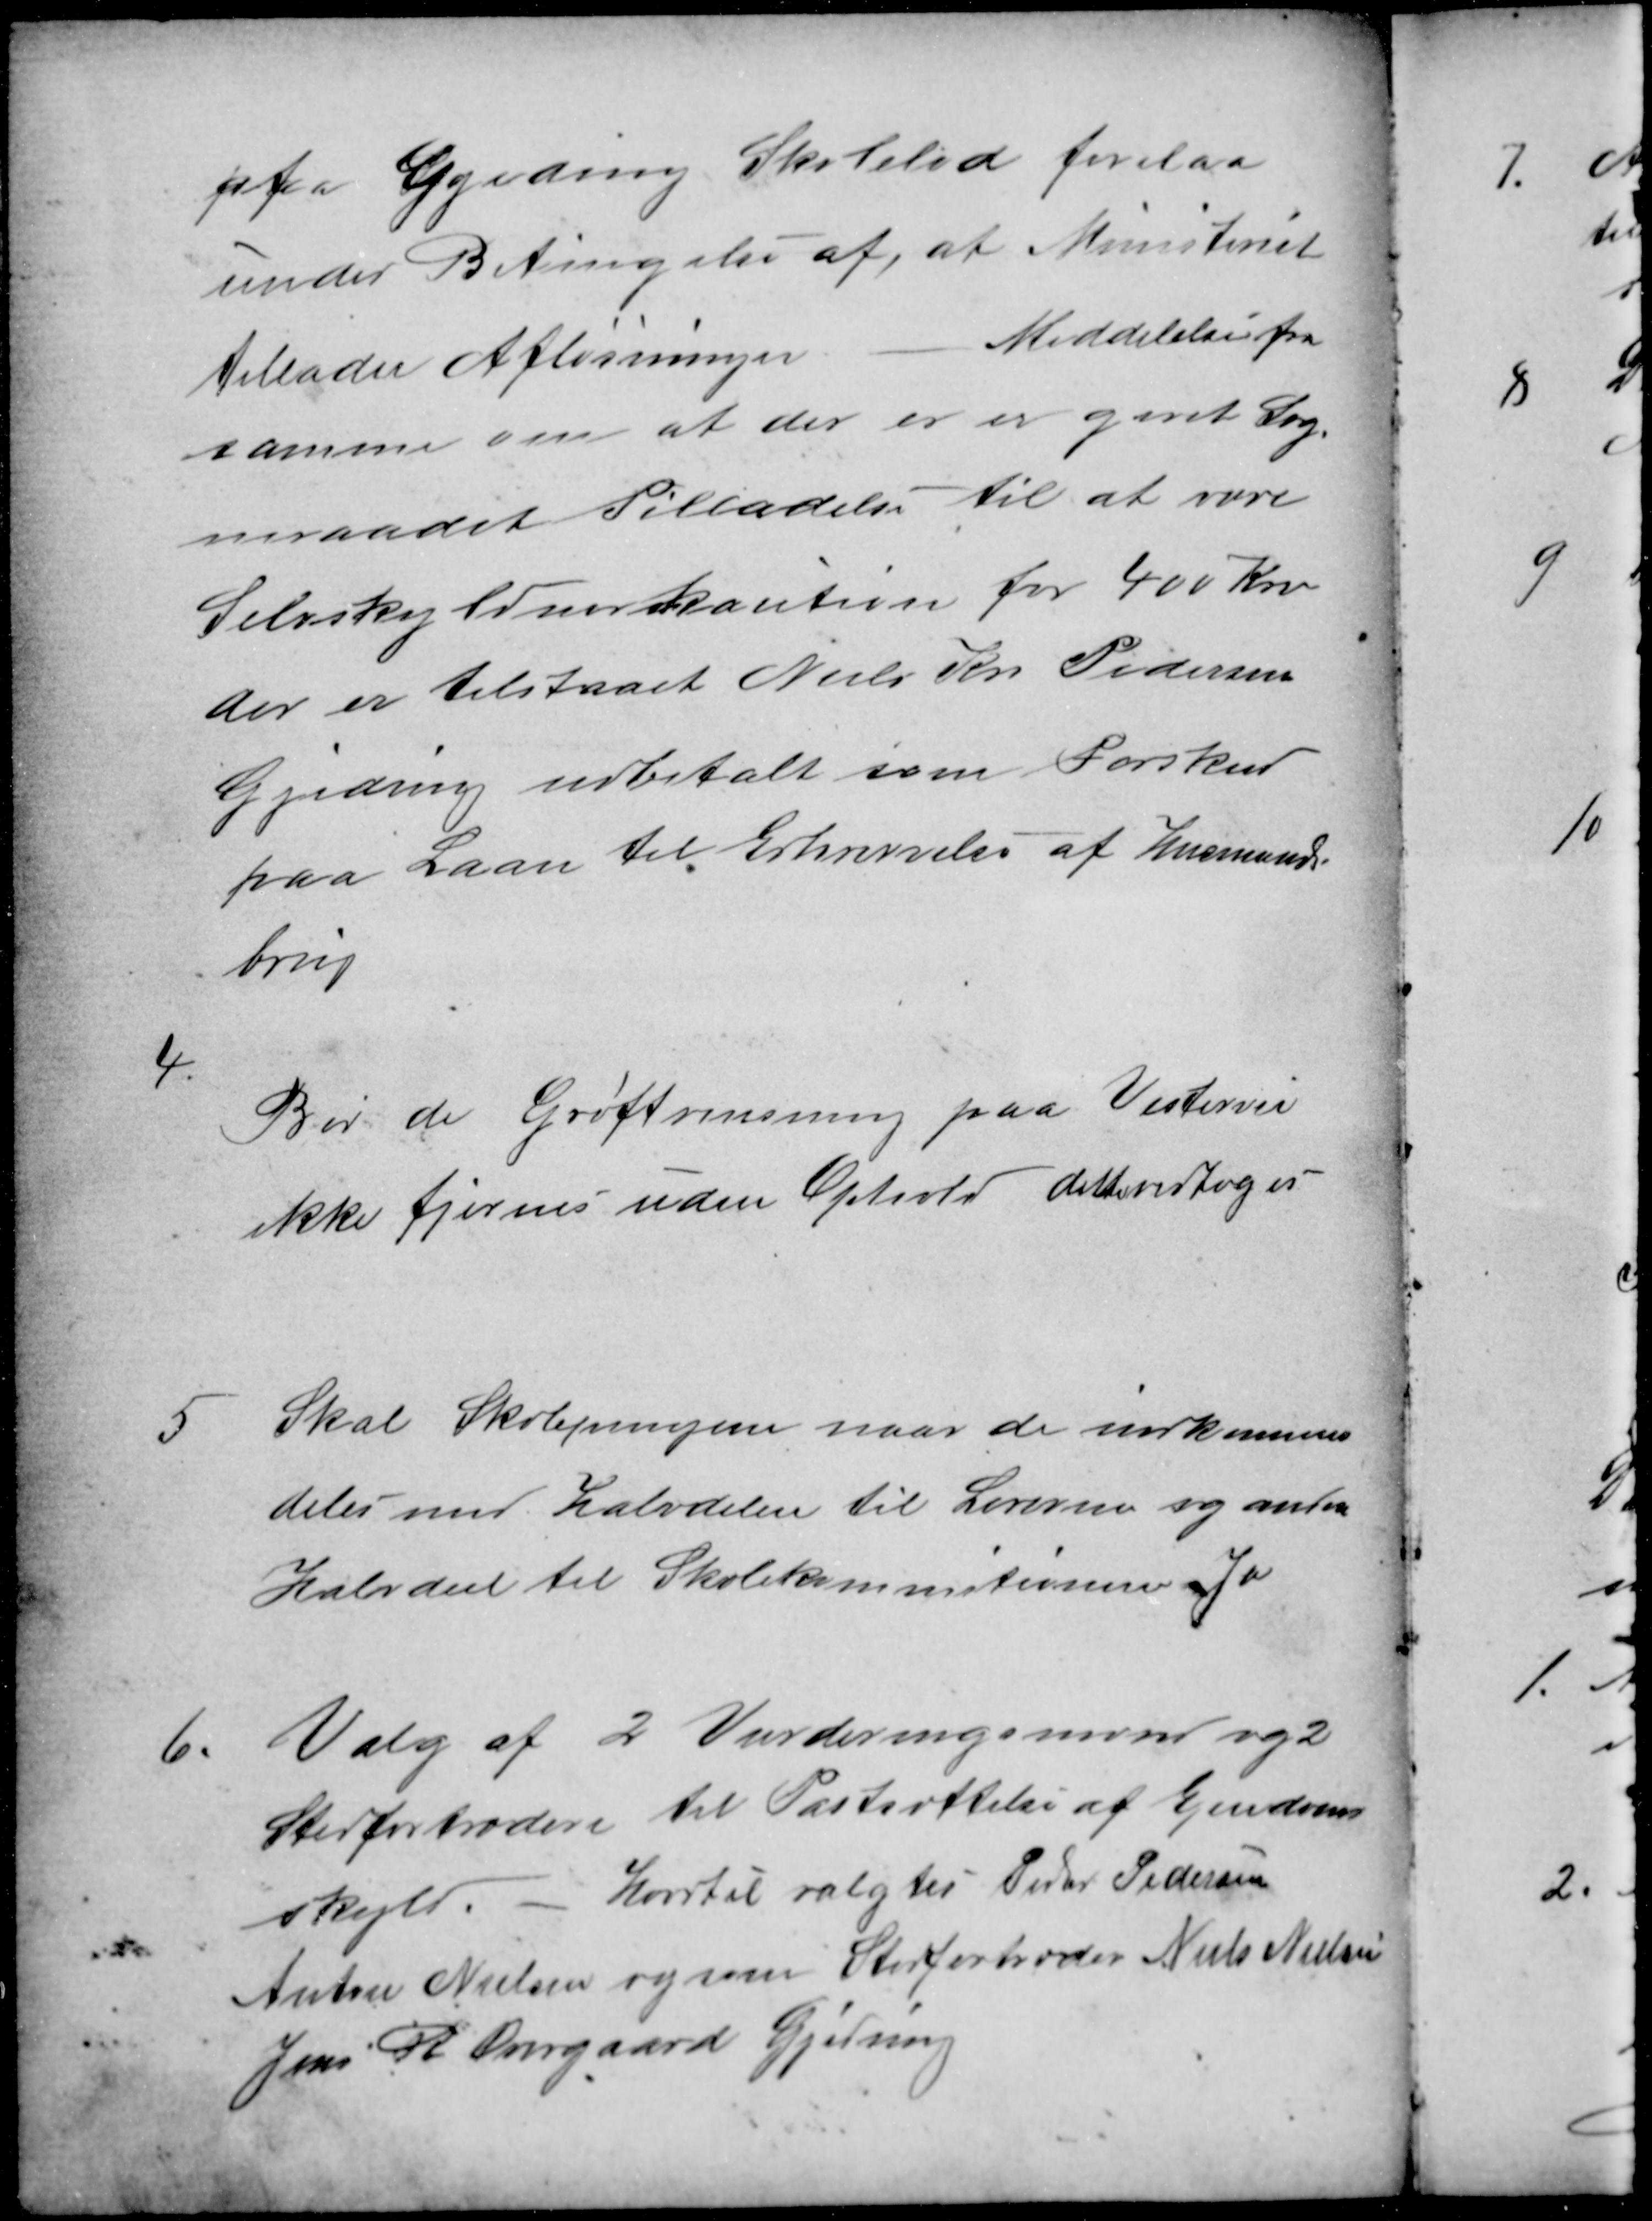
Transskription:
af Gjeding Skolelod forelaa
under Betingelse af, at Ministeriet
tillader Afløsningen
Meddelelse fra
samme om at der er er givet Sog-
neraadet Tilladelse til at være
Selvskyldnerkaution for 400 Kr
der er tilstaaet Niels Kr Pedersen
Gjeding udbetalt som Forskud
paa Laan til Erhvervelse af Husmands-
brug
4
Burde Grøftrensning paa Vestervei
ikke fjernes uden Ophold dette vedtoges
5
Skal Skolepengene naar de indkommer
deles med halvdelen til Lærerne og anden
Halvdel til Skolekommitionen. Ja
6
Valg af 2 Vurderingsmænd og 2
Stedfortrædere til Fastsættelse af Ejendoms
skyld. - Hvortil valgtes Peder Pedersen
Anton Nielsen og som Stedfortræder Niels Nielsen
Jens R Overgaard Gjeding